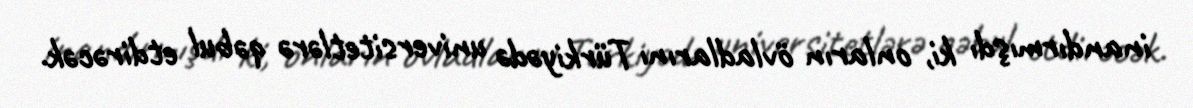
inandırmışdı ki, onların övladlarını Türkiyədə universitetlərə qəbul etdirəcək.